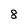
Character: 8